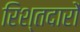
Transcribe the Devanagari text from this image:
रिश्तदारों